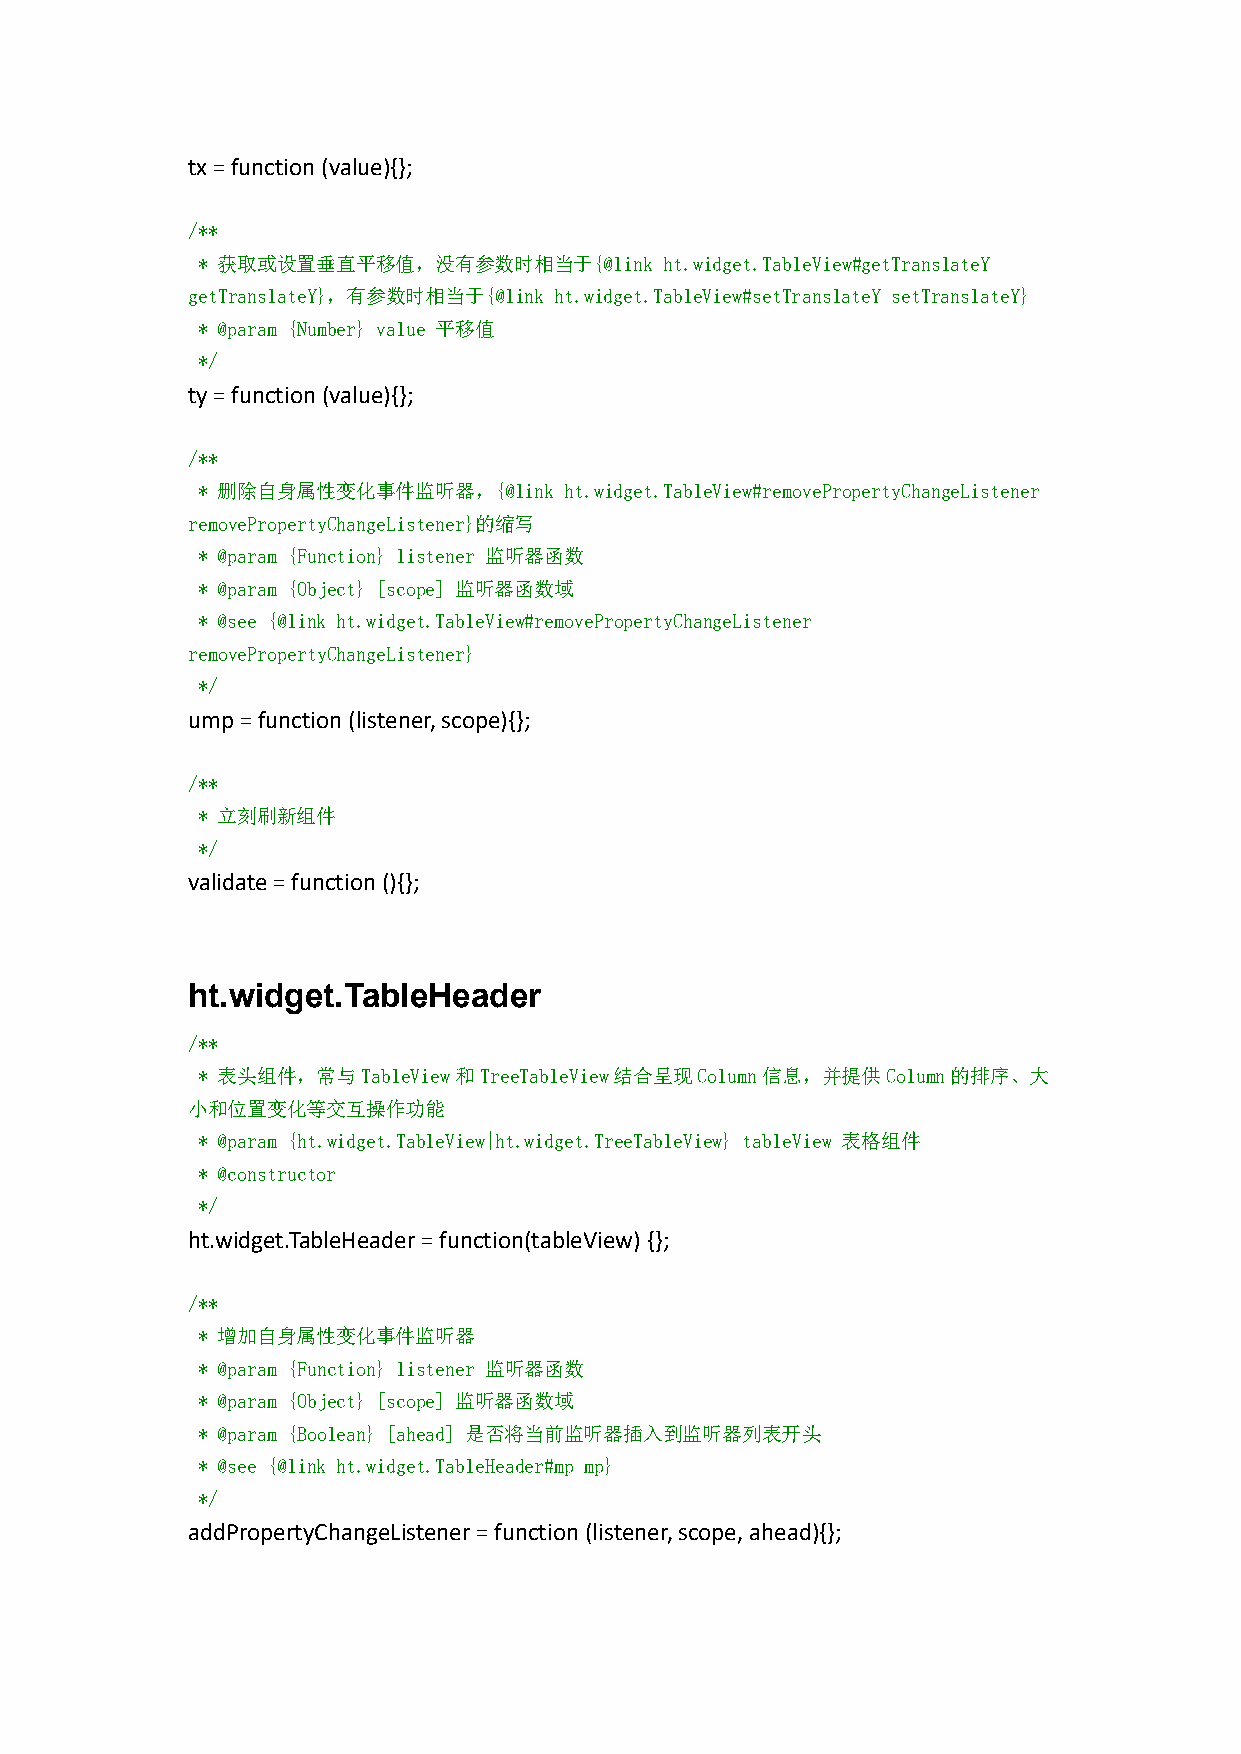
tx=function(value){};
 /**
 * 获取或设置垂直平移值，没有参数时相当于{@link    ht.widget.TableView#getTranslateY
 getTranslateY}，有参数时相当于{@link ht.widget.TableView#setTranslateY setTranslateY}
 * @param {Number} value 平移值
 */
 ty=function(value){};
 /**
 * 删除自身属性变化事件监听器，{@link  ht.widget.TableView#removePropertyChangeListener
 removePropertyChangeListener}的缩写
 * @param {Function} listener 监听器函数
 * @param {Object} [scope] 监听器函数域
 * @see {@link ht.widget.TableView#removePropertyChangeListener
 removePropertyChangeListener}
 */
 ump=function(listener,scope){};
 /**
 * 立刻刷新组件
 */
 validate=function(){};
 ht.widget.TableHeader
 /**
 * 表头组件，常与TableView和TreeTableView结合呈现Column信息，并提供Column的排序、大
 小和位置变化等交互操作功能
 * @param {ht.widget.TableView|ht.widget.TreeTableView} tableView 表格组件
 * @constructor
 */
 ht.widget.TableHeader=function(tableView){};
 /**
 * 增加自身属性变化事件监听器
 * @param {Function} listener 监听器函数
 * @param {Object} [scope] 监听器函数域
 * @param {Boolean} [ahead] 是否将当前监听器插入到监听器列表开头
 * @see {@link ht.widget.TableHeader#mp mp}
 */
 addPropertyChangeListener=function(listener,scope,ahead){};